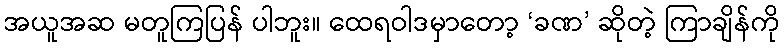
အယူအဆ မတူကြပြန် ပါဘူး။ ထေရဝါဒမှာတော့ ‘ခဏ’ ဆိုတဲ့ ကြာချိန်ကို